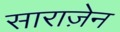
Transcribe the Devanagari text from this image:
साराज़ेन